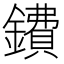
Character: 鐨